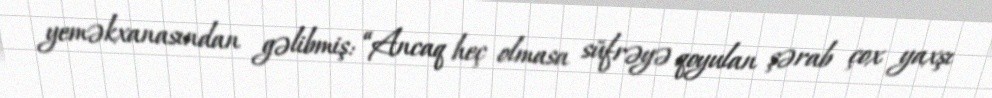
yeməkxanasından gəlibmiş: “Ancaq heç olmasa süfrəyə qoyulan şərab çox yaxşı